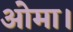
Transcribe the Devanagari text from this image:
ओमा।